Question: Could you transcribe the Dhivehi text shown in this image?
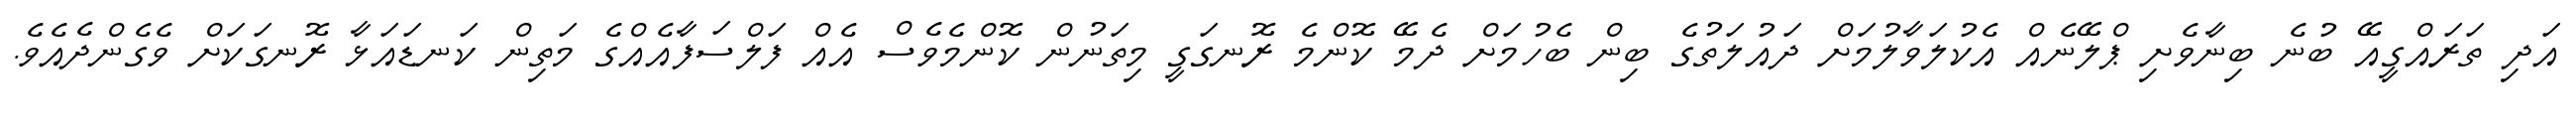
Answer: އަދި ތަރައްގީއޭ ބުނެ ބިނާވެށި ޕްލޭނެއް އެކުލަވާލުމަށް ދައުލަތުގެ ބިން ބެހުމަށް ދެމޭ ކޮންމެ ރޮނގަގީ މިތަނުން ކޮންމެވެސް އެއް ފަލްސަފާއެއްގެ މަތިން ކަނޑައަޅާ ރޮނގަކަށް ވެގެންދެއެވެ.